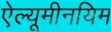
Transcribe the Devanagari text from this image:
ऐल्यूमीनयिम